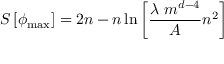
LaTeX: S \left[ \phi _ { \mathrm { m a x } } \right] = 2 n - n \ln { \left[ { \frac { \lambda \ m ^ { d - 4 } } { A } } n ^ { 2 } \right] }